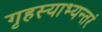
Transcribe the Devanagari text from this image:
गृहस्याभ्यन्तरं